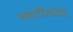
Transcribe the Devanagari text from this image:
माटीलाल